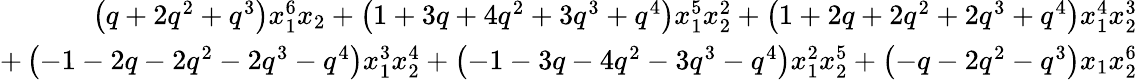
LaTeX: \begin{array}{r}{\left(q+2q^{2}+q^{3}\right)x_{1}^{6}x_{2}+\left(1+3q+4q^{2}+3q^{3}+q^{4}\right)x_{1}^{5}x_{2}^{2}+\left(1+2q+2q^{2}+2q^{3}+q^{4}\right)x_{1}^{4}x_{2}^{3}}\\ {+\left(-1-2q-2q^{2}-2q^{3}-q^{4}\right)x_{1}^{3}x_{2}^{4}+\left(-1-3q-4q^{2}-3q^{3}-q^{4}\right)x_{1}^{2}x_{2}^{5}+\left(-q-2q^{2}-q^{3}\right)x_{1}x_{2}^{6}}\end{array}